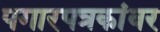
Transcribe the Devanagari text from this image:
पगारपत्रकांवर